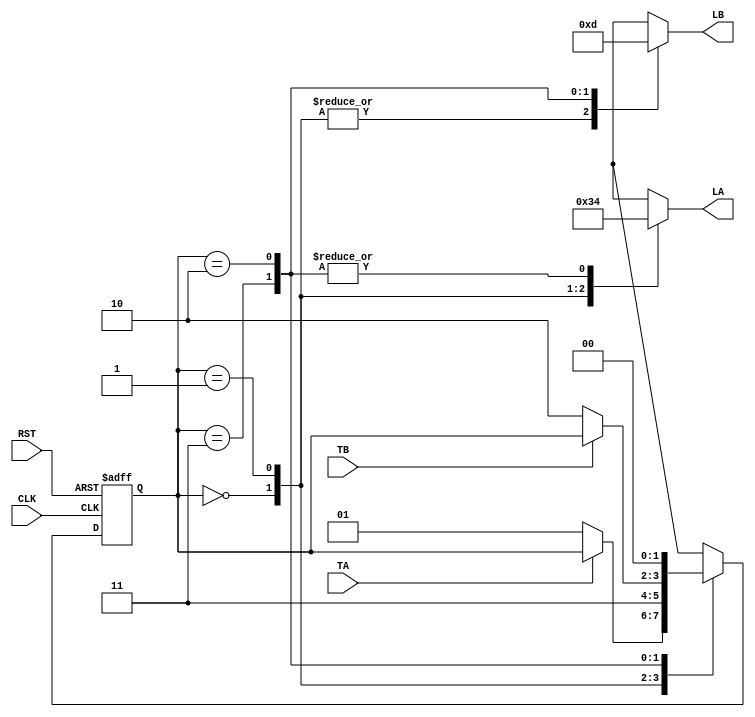
module TLC (
    input CLK,RST,TA,TB,output reg [1:0] LA,LB
);
    localparam S0 = 2'b00,
               S1 = 2'b01,
               S2 = 2'b11,
               S3 = 2'b10;
    localparam Red    = 2'b00,
               Yellow = 2'b01,
               Green  = 2'b11;
    
reg [1:0] Current, Next;

always @(posedge CLK or negedge RST) 
begin
 if(!RST)
 begin
 Current<=S0;
 end
 else
 begin
 Current<=Next;
 end 

end    
always @(*) begin
    //default value for next in case it's value is missing in one of these case
        Next=Current;
    case(Current)
    S0:
    begin
        if(!TA)
        Next=S1;

    end
    S1:
    begin
        Next=S2;
    end
    S2:
    begin
        if(!TB)
        Next=S3;
    end
    S3:
    begin
         Next=S0;
    end
    default:// is used when there is missing condition
    begin
        Next=Current;
    end
    endcase
end
always @(*) begin
    case(Current)
    S0:
    begin
        LA = Green;
        LB = Red;
    end
    S1:
    begin
        LA = Yellow;
        LB = Red;
    end
    S2:
    begin
        LA = Red;
        LB = Green;
    end
    S3:
    begin
        LA = Red;
        LB = Yellow;
    end
    endcase
end

endmodule